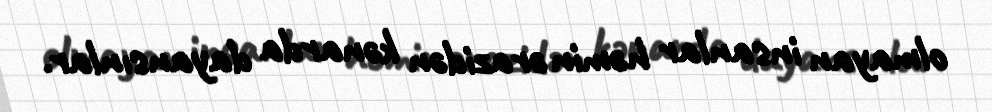
olmayan insanlar həmin ərazidən kənarda dayansınlar.